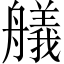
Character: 艤